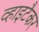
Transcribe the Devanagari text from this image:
व्हाइटैकर